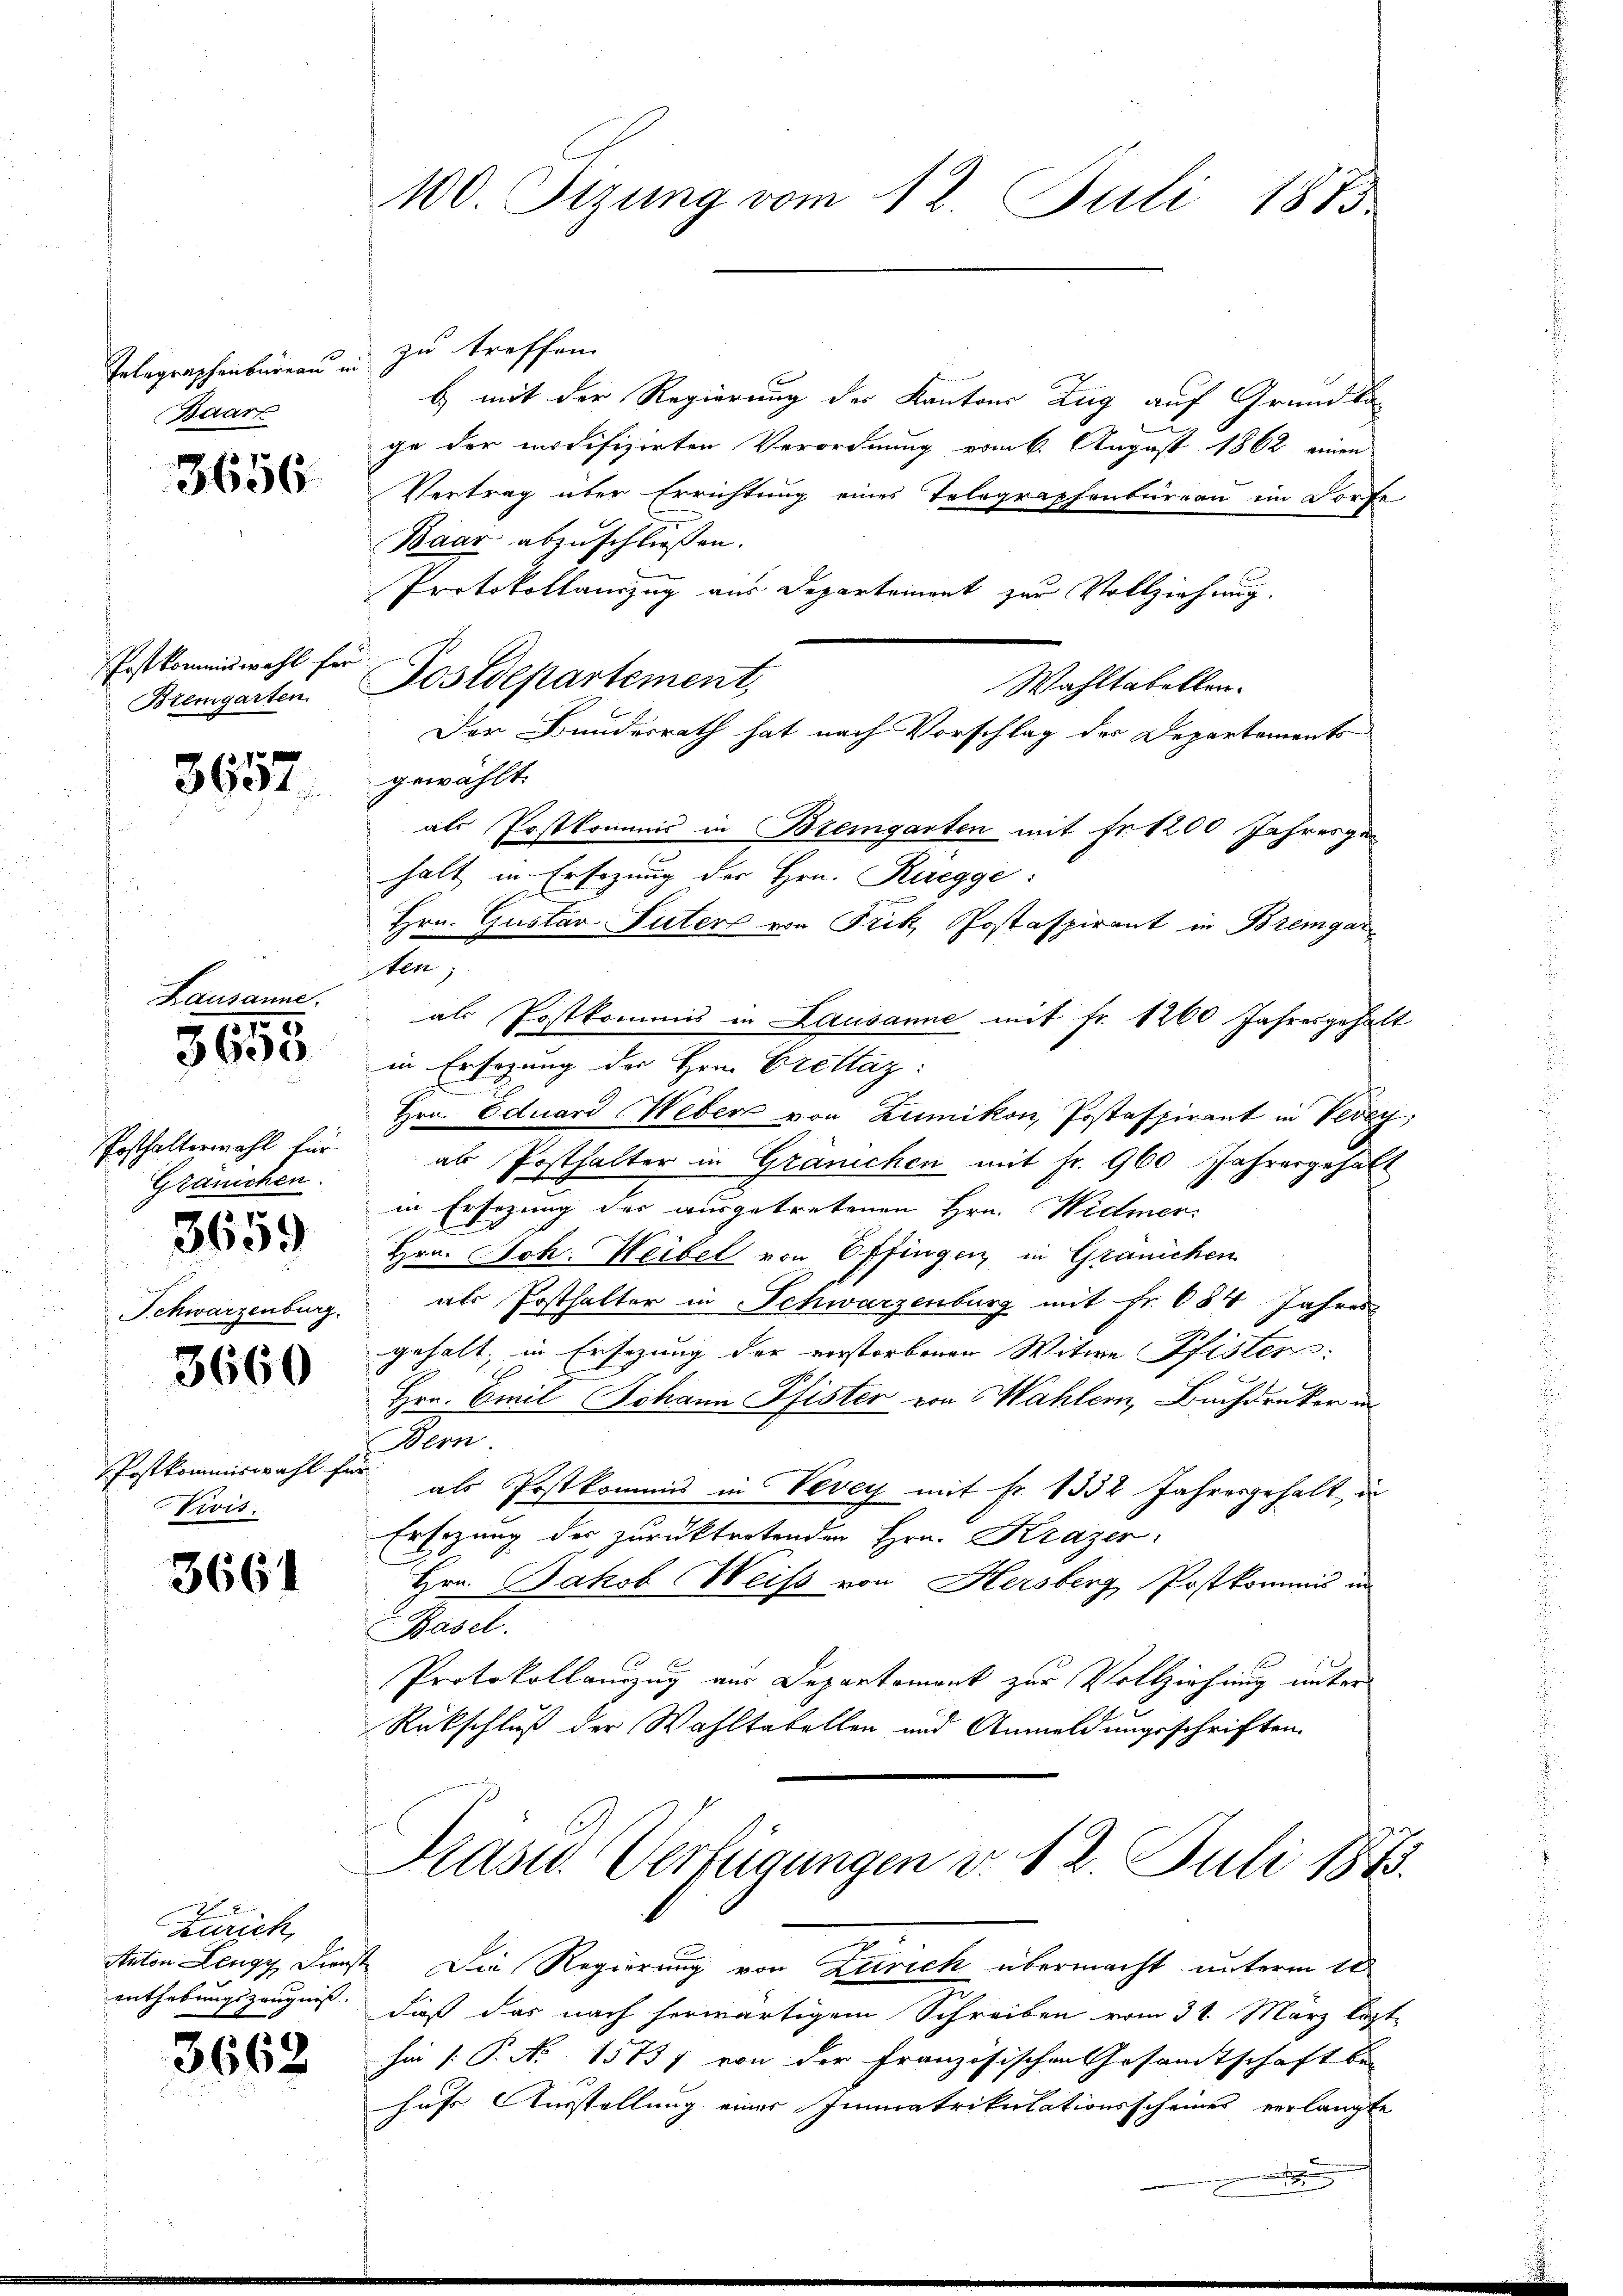
Telegraphenbüreau und zu treffen.
Baarz

3656

Postkommiswahl für
Bremgarten.

3657.

Lausanne.

5655

Posthalterwahl für
Gränichen.
3659

Schwarzenburg.

3660

Postkommiswahl für
Vivis:

3661

Zürich,
enthebungszeugniß.

3662

100. Fizung vom 12. Juli 1875.

Postdepartement,

b) mit der Regierung des Kantons Zug auf Grundkage der modifizirten Verordnung vom 6. August 1862 einen
Vertrag über Errichtung eines Telegraphenbureau im Dorfe
Baar abzuschließen.
Protokollauszug aus Departemont zur Vollziehung.
gewählt.
als Postkommis in Bremgarten mit Fr. 1200 Jahresge¬
Hrn. Gustav Suter von Frik, Postaspirant in Bremgar
als Postkommis in Lausanne mit Fr. 1260 Jahresgehalt
in Ersezung der Hrn. Brettaz:
Hrn. Eduard Weber von Zumikon, Postaspirant in Vevey;
als Posthalter in Gränichen mit Fr. 960 Jahresgehält
in Ersezung des ausgetretenen Hrn. Widmer-
Hrn. Joh. Weibel von Effingen in Gränichen
als Posthalter in Schwarzenburg mit Fr. 684 Jahres
geholt, in Ersezung der verstorbenen Witwe Pfister:
Hrn. Emil Johann Pfister von Wahlern, Buchdruker in
Bern
als Postkommis in Vevey mit Fr. 1332 Jahresgehalt, in
Ersezung des zurücktretenden Hrn. Krazer
Hrn. Jakob Weiß von Hersberg Postkommis in
Basel.
Protokollanzug aus Departemont zur Vollziehung unter
Rückschluß der Wahltatellen und Anmeldungsschriften.

s

halt in Ersezung der Hrn. Ruegge:

Wahltabellen.
Der Bundesrath hat nach Vorschlag des Departements

Präsid.. Verfügungen v. 12. Juli 1873.

Anton Lengy Dienst. Die Regierung von Zürich übermacht unterm 10
daß das nach herwärtigem Schreiben vom 31. März löst
hin [P. Nr. 15757 von der Französischen Gesamtschaft be-
hufe Ausstellung einer Immatrikulationsscheines verlangte
t